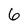
Character: 6